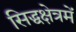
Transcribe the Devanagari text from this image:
सिद्धक्षेत्रमें